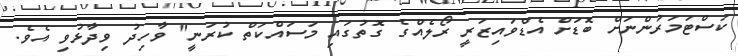
ކަސްޓަމަރުންނަށް ބޮޑަށް އެޑްވައިޒަރީ ރޯލެއްގެ ގޮތުގައި މަސައްކަތް ކުރަނީ" ވާހިދު ވިދާޅުވި އެވެ.